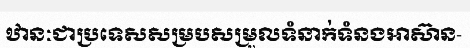
ឋានៈជាប្រទេសសម្របសម្រួលទំនាក់ទំនងអាស៊ាន-